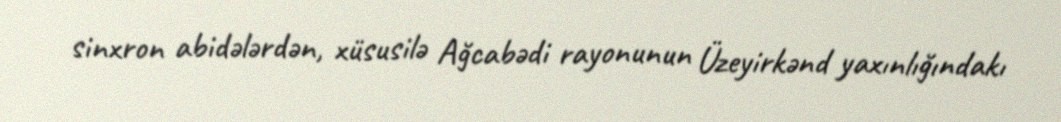
sinxron abidələrdən, xüsusilə Ağcabədi rayonunun Üzeyirkənd yaxınlığındakı